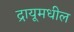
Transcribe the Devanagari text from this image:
द्रायूमधील